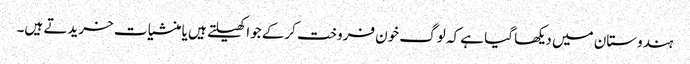
ہندوستان میں دیکھا گیا ہے کہ لوگ خون فروخت کرکے جوا کھیلتے ہیں یا منشیات خریدتے ہیں۔